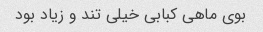
بوی ماهی کبابی خیلی تند و زیاد بود